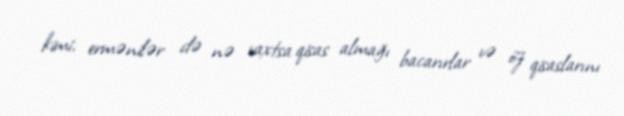
kimi, ermənilər də nə vaxtsa qisas almağı bacarırlar və öz qisaslarını